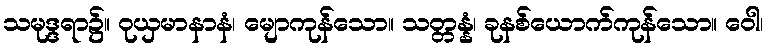
သမုဒ္ဒရာ၌။ ဝုယှမာနာနံ၊ မျောကုန်သော။ သတ္တန္နံ၊ ခုနစ်ယောက်ကုန်သော။ ဝေါ၊